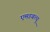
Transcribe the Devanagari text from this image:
एमडबल्यू